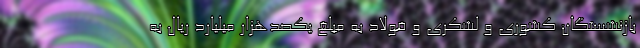
بازنشستگان کشوری و لشکری و فولاد به مبلغ یکصدهزار میلیارد ریال به